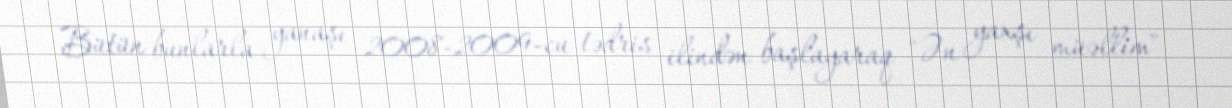
Bütün bunlarla yanaşı 2008-2009-cu tədris ilindən başlayaraq "Ən yaxşı müəllim"